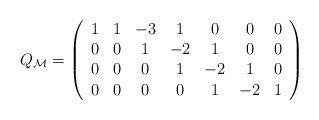
\begin{align*}Q_{\cal M}=\left(\begin{array}{cccccccc}1& 1&-3& 1& 0& 0& 0 \\0& 0& 1&-2& 1& 0& 0 \\0& 0& 0& 1&-2& 1& 0 \\0& 0& 0& 0& 1&-2& 1\end{array}\right)\end{align*}